Vaccination North-Western Provinces and Oudh 1878-1895 - 1878-1895
Year: 1878
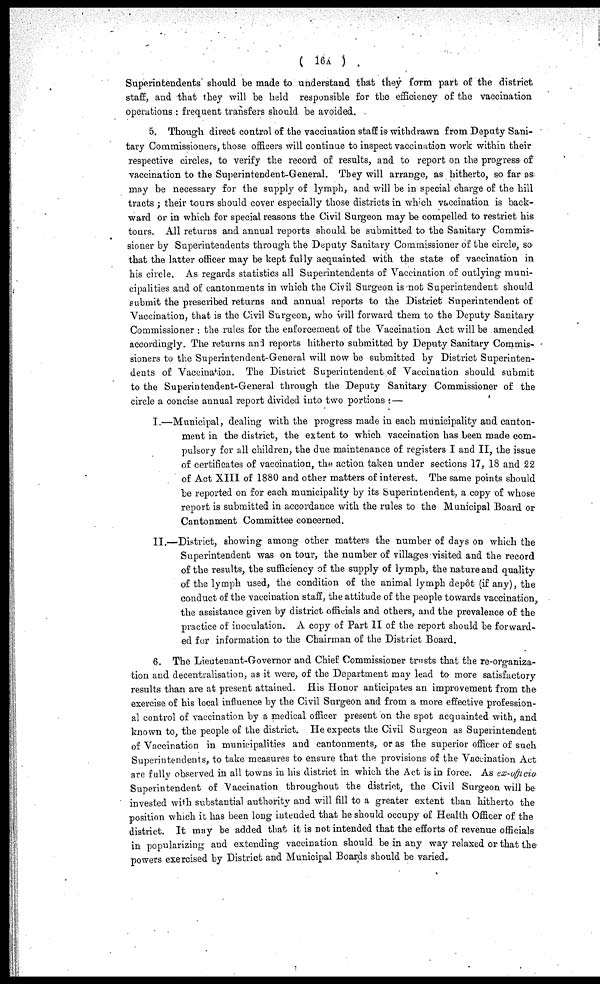
( 16A )
Superintendents should be made to understand that they form part of the district
staff, and that they will be held responsible for the efficiency of the vaccination
operations : frequent transfers should be avoided.
5. Though direct control of the vaccination staff is withdrawn from Deputy Sani-
tary Commissioners, those officers will continue to inspect vaccination work within their
respective circles, to verify the record of results, and to report on the progress of
vaccination to the Superintendent-General. They will arrange, as hitherto, so far as
may be necessary for the supply of lymph, and will be in special charge of the hill
tracts ; their tours should cover especially those districts in which vaccination is back-
ward or in which for special reasons the Civil Surgeon may be compelled to restrict his
tours. All returns and annual reports should be submitted to the Sanitary Commis-
sioner by Superintendents through the Deputy Sanitary Commissioner of the circle, so
that the latter officer may be kept fully acquainted with the state of vaccination in
his circle. As regards statistics all Superintendents of Vaccination of outlying muni-
cipalities and of cantonments in which the Civil Surgeon is not Superintendent should
submit the prescribed returns and annual reports to the District Superintendent of
Vaccination, that is the Civil Surgeon, who will forward them to the Deputy Sanitary
Commissioner : the rules for the enforcement of the Vaccination Act will be amended
accordingly. The returns and reports hitherto submitted by Deputy Sanitary Commis-
sioners to the Superintendent-General will now be submitted by District Superinten-
dents of Vaccination. The District Superintendent of Vaccination should submit
to the Superintendent-General through the Deputy Sanitary Commissioner of the
circle a concise annual report divided into two portions :—
I.—Municipal, dealing with the progress made in each municipality and canton-
ment in the district, the extent to which vaccination has been made com-
pulsory for all children, the due maintenance of registers I and II, the issue
of certificates of vaccination, the action taken under sections 17, 18 and 22
of Act XIII of 1880 and other matters of interest. The same points should
be reported on for each municipality by its Superintendent, a copy of whose
report is submitted in accordance with the rules to the Municipal Board or
Cantonment Committee concerned.
II.—District, showing among other matters the number of days on which the
Superintendent was on tour, the number of villages visited and the record
of the results, the sufficiency of the supply of lymph, the nature and quality
of the lymph used, the condition of the animal lymph depôt (if any), the
conduct of the vaccination staff, the attitude of the people towards vaccination,
the assistance given by district officials and others, and the prevalence of the
practice of inoculation. A copy of Part II of the report should be forward-
ed for information to the Chairman of the District Board.
6. The Lieutenant-Governor and Chief Commissioner trusts that the re-organiza-
tion and decentralisation, as it were, of the Department may lead to more satisfactory
results than are at present attained. His Honor anticipates an improvement from the
exercise of his local influence by the Civil Surgeon and from a more effective profession-
al control of vaccination by a medical officer present on the spot acquainted with, and
known to, the people of the district. He expects the Civil Surgeon as Superintendent
of Vaccination in municipalities and cantonments, or as the superior officer of such
Superintendents, to take measures to ensure that the provisions of the Vaccination Act
are fully observed in all towns in his district in which the Act is in force. As ex-officio
Superintendent of Vaccination throughout the district, the Civil Surgeon will be
invested with substantial authority and will fill to a greater extent than hitherto the
position which it has been long intended that he should occupy of Health Officer of the
district. It may be added that it is not intended that the efforts of revenue officials
in popularizing and extending vaccination should be in any way relaxed or that the-
powers exercised by District and Municipal Boards should be varied.